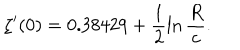
\zeta ^ { \prime } ( 0 ) = 0 . 3 8 4 2 9 + \frac { 1 } { 2 } \ln \frac { R } { c } .